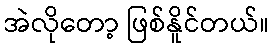
အဲလိုတော့ ဖြစ်နိူင်တယ်။